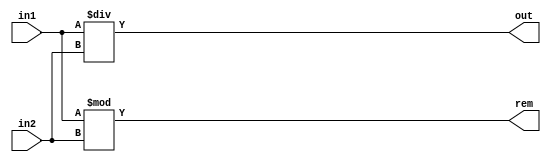
module DIV2 #(parameter SIZE = 2)(input [SIZE-1:0] in1, in2, 
    output [SIZE-1:0] out, rem);
assign out = in1/in2;
assign rem = in1%in2;
endmodule